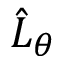
\hat { L } _ { \theta }